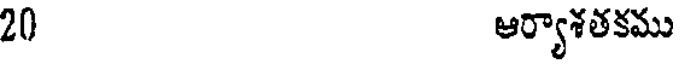
20 ఆర్యాశతకము